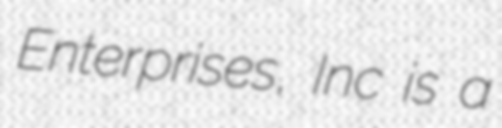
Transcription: Enterprises, Inc is a